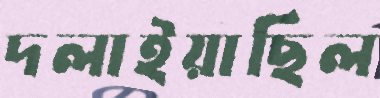
দলাইয়াছিল